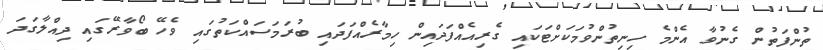
ތުންފަތުން ގެނުވާ އެންމެ ހިނިތުންވުމަކަށްޓަކައި ގެރިއެއްފަދައިން ހިމާރެއްފަދައި ބުރަމަސައްކަތުގައި ވެހޭ ބޯވާރޭގައި ދިއްލާގަދަ